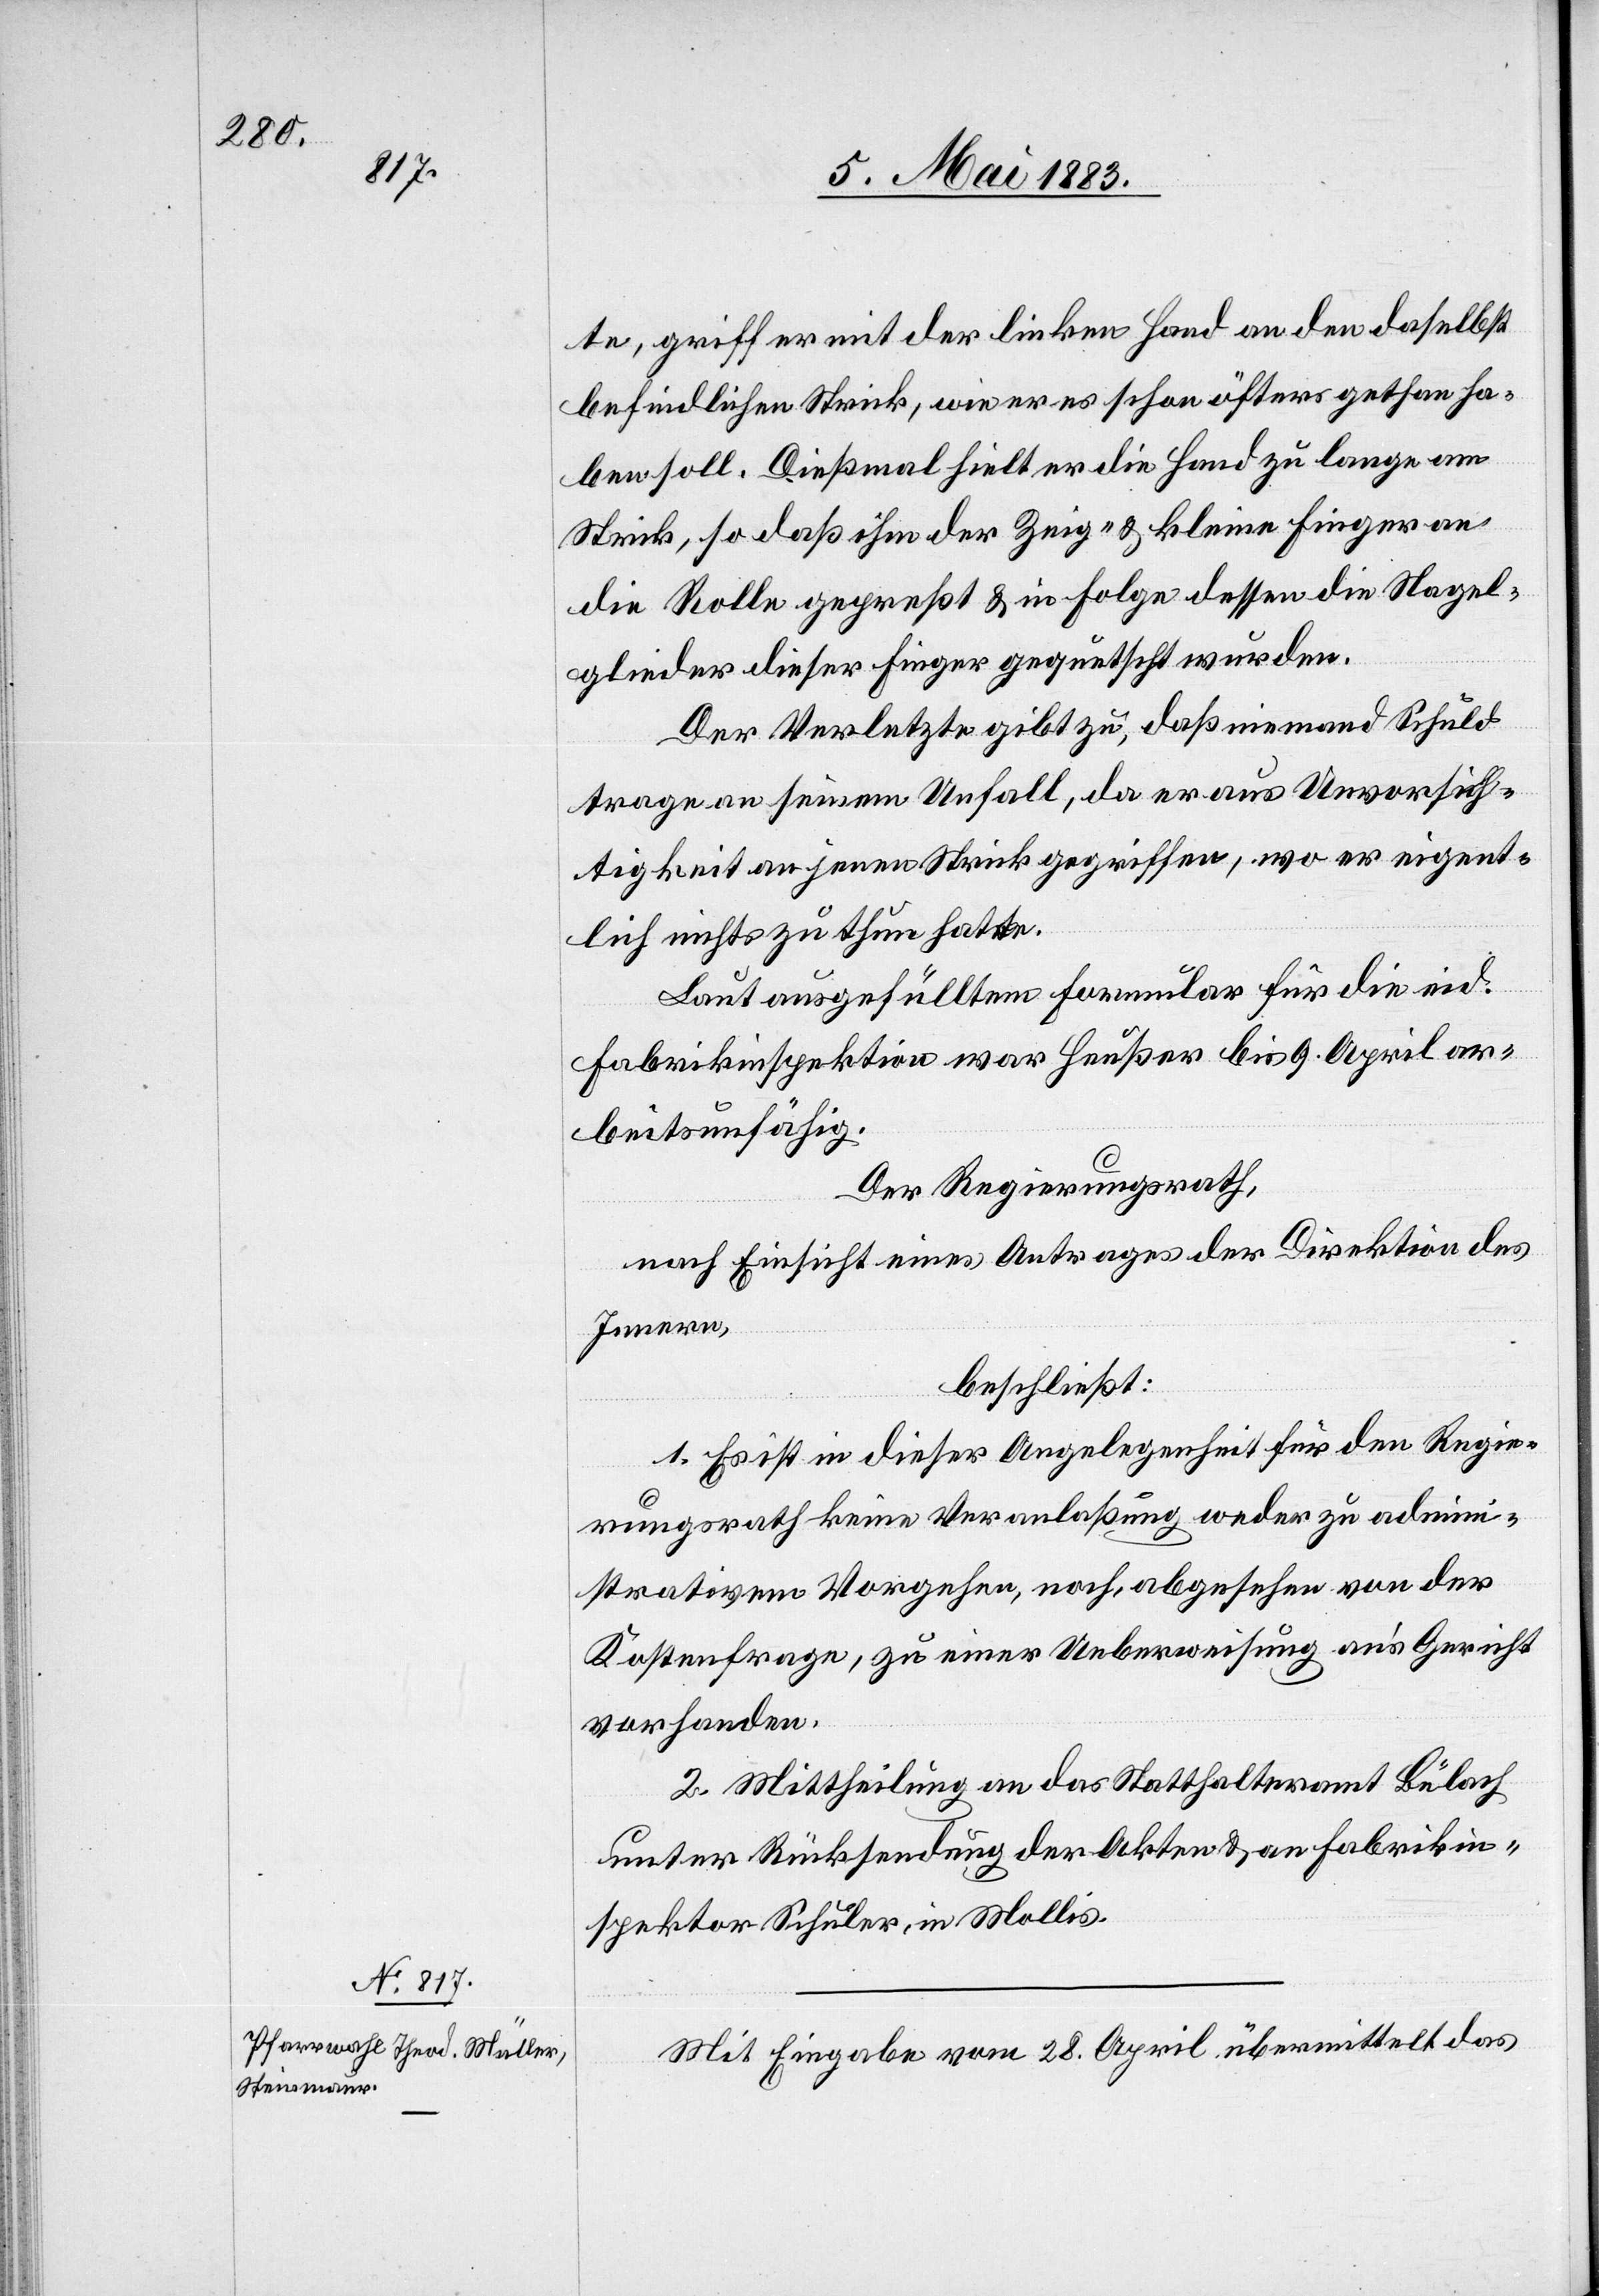
te, griff er mit der linken Hand an den daselbst
befindlichen Strick, wie er es schon öfters gethan ha¬
ben soll. Dießmal hielt er die Hand zu lange am
Strick, so daß ihm der Zeig- & kleine Finger an
die Rolle gepresst & in Folge dessen die Nagel¬
glieder dieser Finger gequetscht wurden.
Der Verletzte gibt zu, daß niemand Schuld
trage an seinem Unfall, da er aus Unvorsich¬
tigkeit an jenen Strick gegriffen, wo er eigent¬
lich nichts zu thun hatte.
Laut ausgefülltem Formular für die eid.
Fabrikinspektion war Heußer bis 9. April ar¬
beitsunfähig.
Der Regierungsrath,
nach Einsicht eines Antrages der Direktion des
Innern,
beschließt:
1. Es ist in dieser Angelegenheit für den Regie¬
rungsrath keine Veranlaßung weder zu admin¬
istrativem Vorgehen, noch, abgesehen von der
Kostenfrage, zu einer Ueberweisung an’s Gericht
vorhanden.
2. Mittheilung an das Statthalteramt Bülach
unter Rücksendung der Akten & an Fabrikin¬
spektor Schuler, in Mollis.
Mit Eingabe vom 28. April übermittelt das